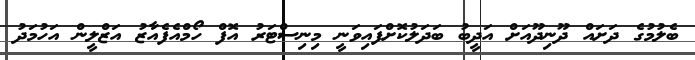
ބެލުމުގެ ދަށައް ދޫނިދޫއަށް އަދީބު ބަދަލުކޮށްފައިވަނީ މިނިސްޓަރު އޮފް ހޯމްއެފެއާޒު އަޒްލީން އަހުމަދު